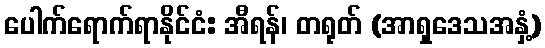
ပေါက်ရောက်ရာနိုင်ငံ: အီရန်၊ တရုတ် (အာရှဒေသအနှံ့)